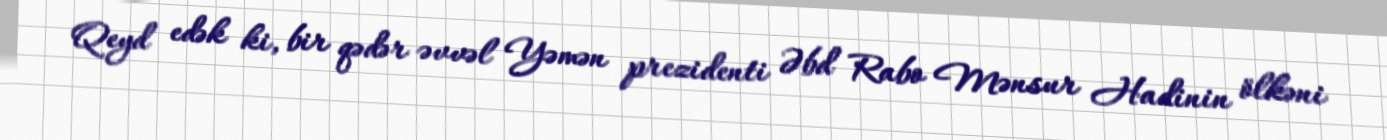
Qeyd edək ki, bir qədər əvvəl Yəmən prezidenti Əbd Rabo Mənsur Hadinin ölkəni